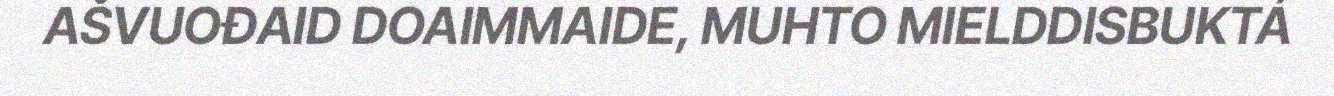
AŠVUOĐAID DOAIMMAIDE, MUHTO MIELDDISBUKTÁ